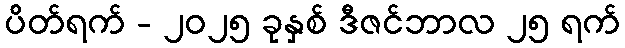
ပိတ်ရက် - ၂၀၂၅ ခုနှစ် ဒီဇင်ဘာလ ၂၅ ရက်